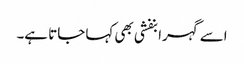
اسے گہرا بنفشی بھی کہا جاتا ہے۔